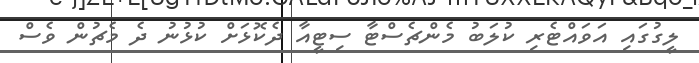
ލީގުގައި އަވައްޓެރި ކުލަބު މެންޗެސްޓާ ސިޓީއާ ދެކޮޅަށް ކުޅުނު ދެ މެޗުން ވެސް